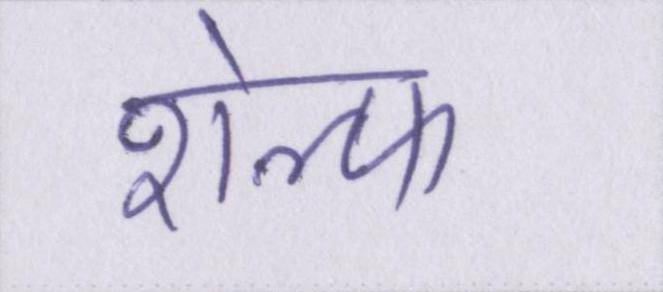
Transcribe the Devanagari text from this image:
शेल्फ